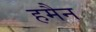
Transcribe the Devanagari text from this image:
हमैन